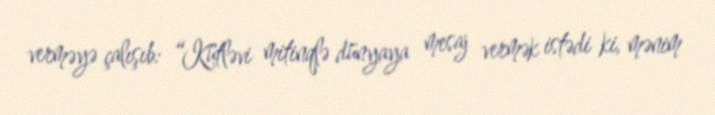
verməyə çalışıb: “Kütləvi mitinqlə dünyaya mesaj vermək istədi ki, mənim